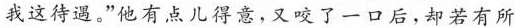
我这待遇。”他有点儿得意，又咬了一口后，却若有所